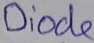
Text: Diode